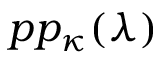
p p _ { \kappa } ( \lambda )